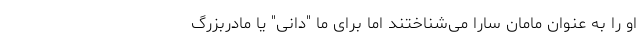
او را به عنوان مامان سارا می‌شناختند اما برای ما "دانی" یا مادربزرگ